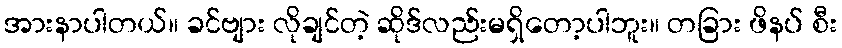
အားနာပါတယ်။ ခင်ဗျား လိုချင်တဲ့ ဆိုဒ်လည်းမရှိတော့ပါဘူး။ တခြား ဖိနပ် စီး